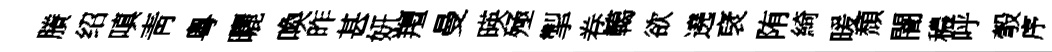
賸绍嗔靑粵曬喚昨甚妍羶曼暎殛掣卷轕欲遶裦陏綺暖頹闇穠呼彀序